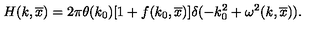
H ( k , \overline { x } ) = 2 \pi \theta ( k _ { 0 } ) \lbrack 1 + f ( k _ { 0 } , \overline { x } ) \rbrack \delta ( - k _ { 0 } ^ { 2 } + \omega ^ { 2 } ( k , \overline { x } ) ) .